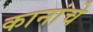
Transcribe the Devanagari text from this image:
कानांचे